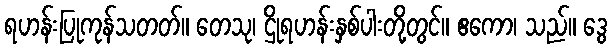
ရဟန်းပြုကုန်သတတ်။ တေသု၊ ဌိုရဟန်းနှစ်ပါးတို့တွင်။ ဧကော၊ သည်။ ဒွေ